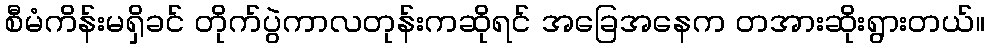
စီမံကိန်းမရှိခင် တိုက်ပွဲကာလတုန်းကဆိုရင် အခြေအနေက တအားဆိုးရွားတယ်။